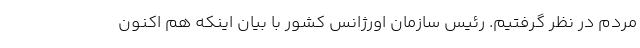
مردم در نظر گرفتیم. رئیس سازمان اورژانس کشور با بیان اینکه هم اکنون